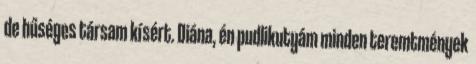
de hűséges társam kísért. Diána, én pudlikutyám minden teremtmények